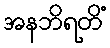
အနဘိရတိံ